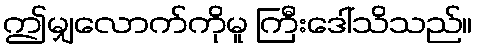
ဤမျှလောက်ကိုမူ ကြီးဒေါ်သိသည်။